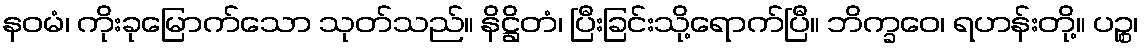
နဝမံ၊ ကိုးခုမြောက်သော သုတ်သည်။ နိဋ္ဌိတံ၊ ပြီးခြင်းသို့ရောက်ပြီ။ ဘိက္ခဝေ၊ ရဟန်းတို့။ ပဉ္စ၊